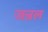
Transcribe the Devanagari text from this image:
जन्रल